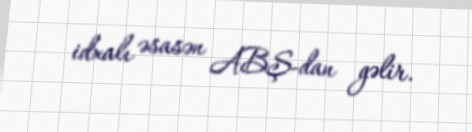
idxalı əsasən ABŞ-dan gəlir.